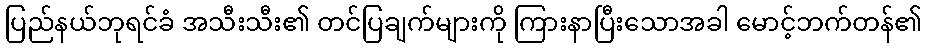
ပြည်နယ်ဘုရင်ခံ အသီးသီး၏ တင်ပြချက်များကို ကြားနာပြီးသောအခါ မောင့်ဘက်တန်၏